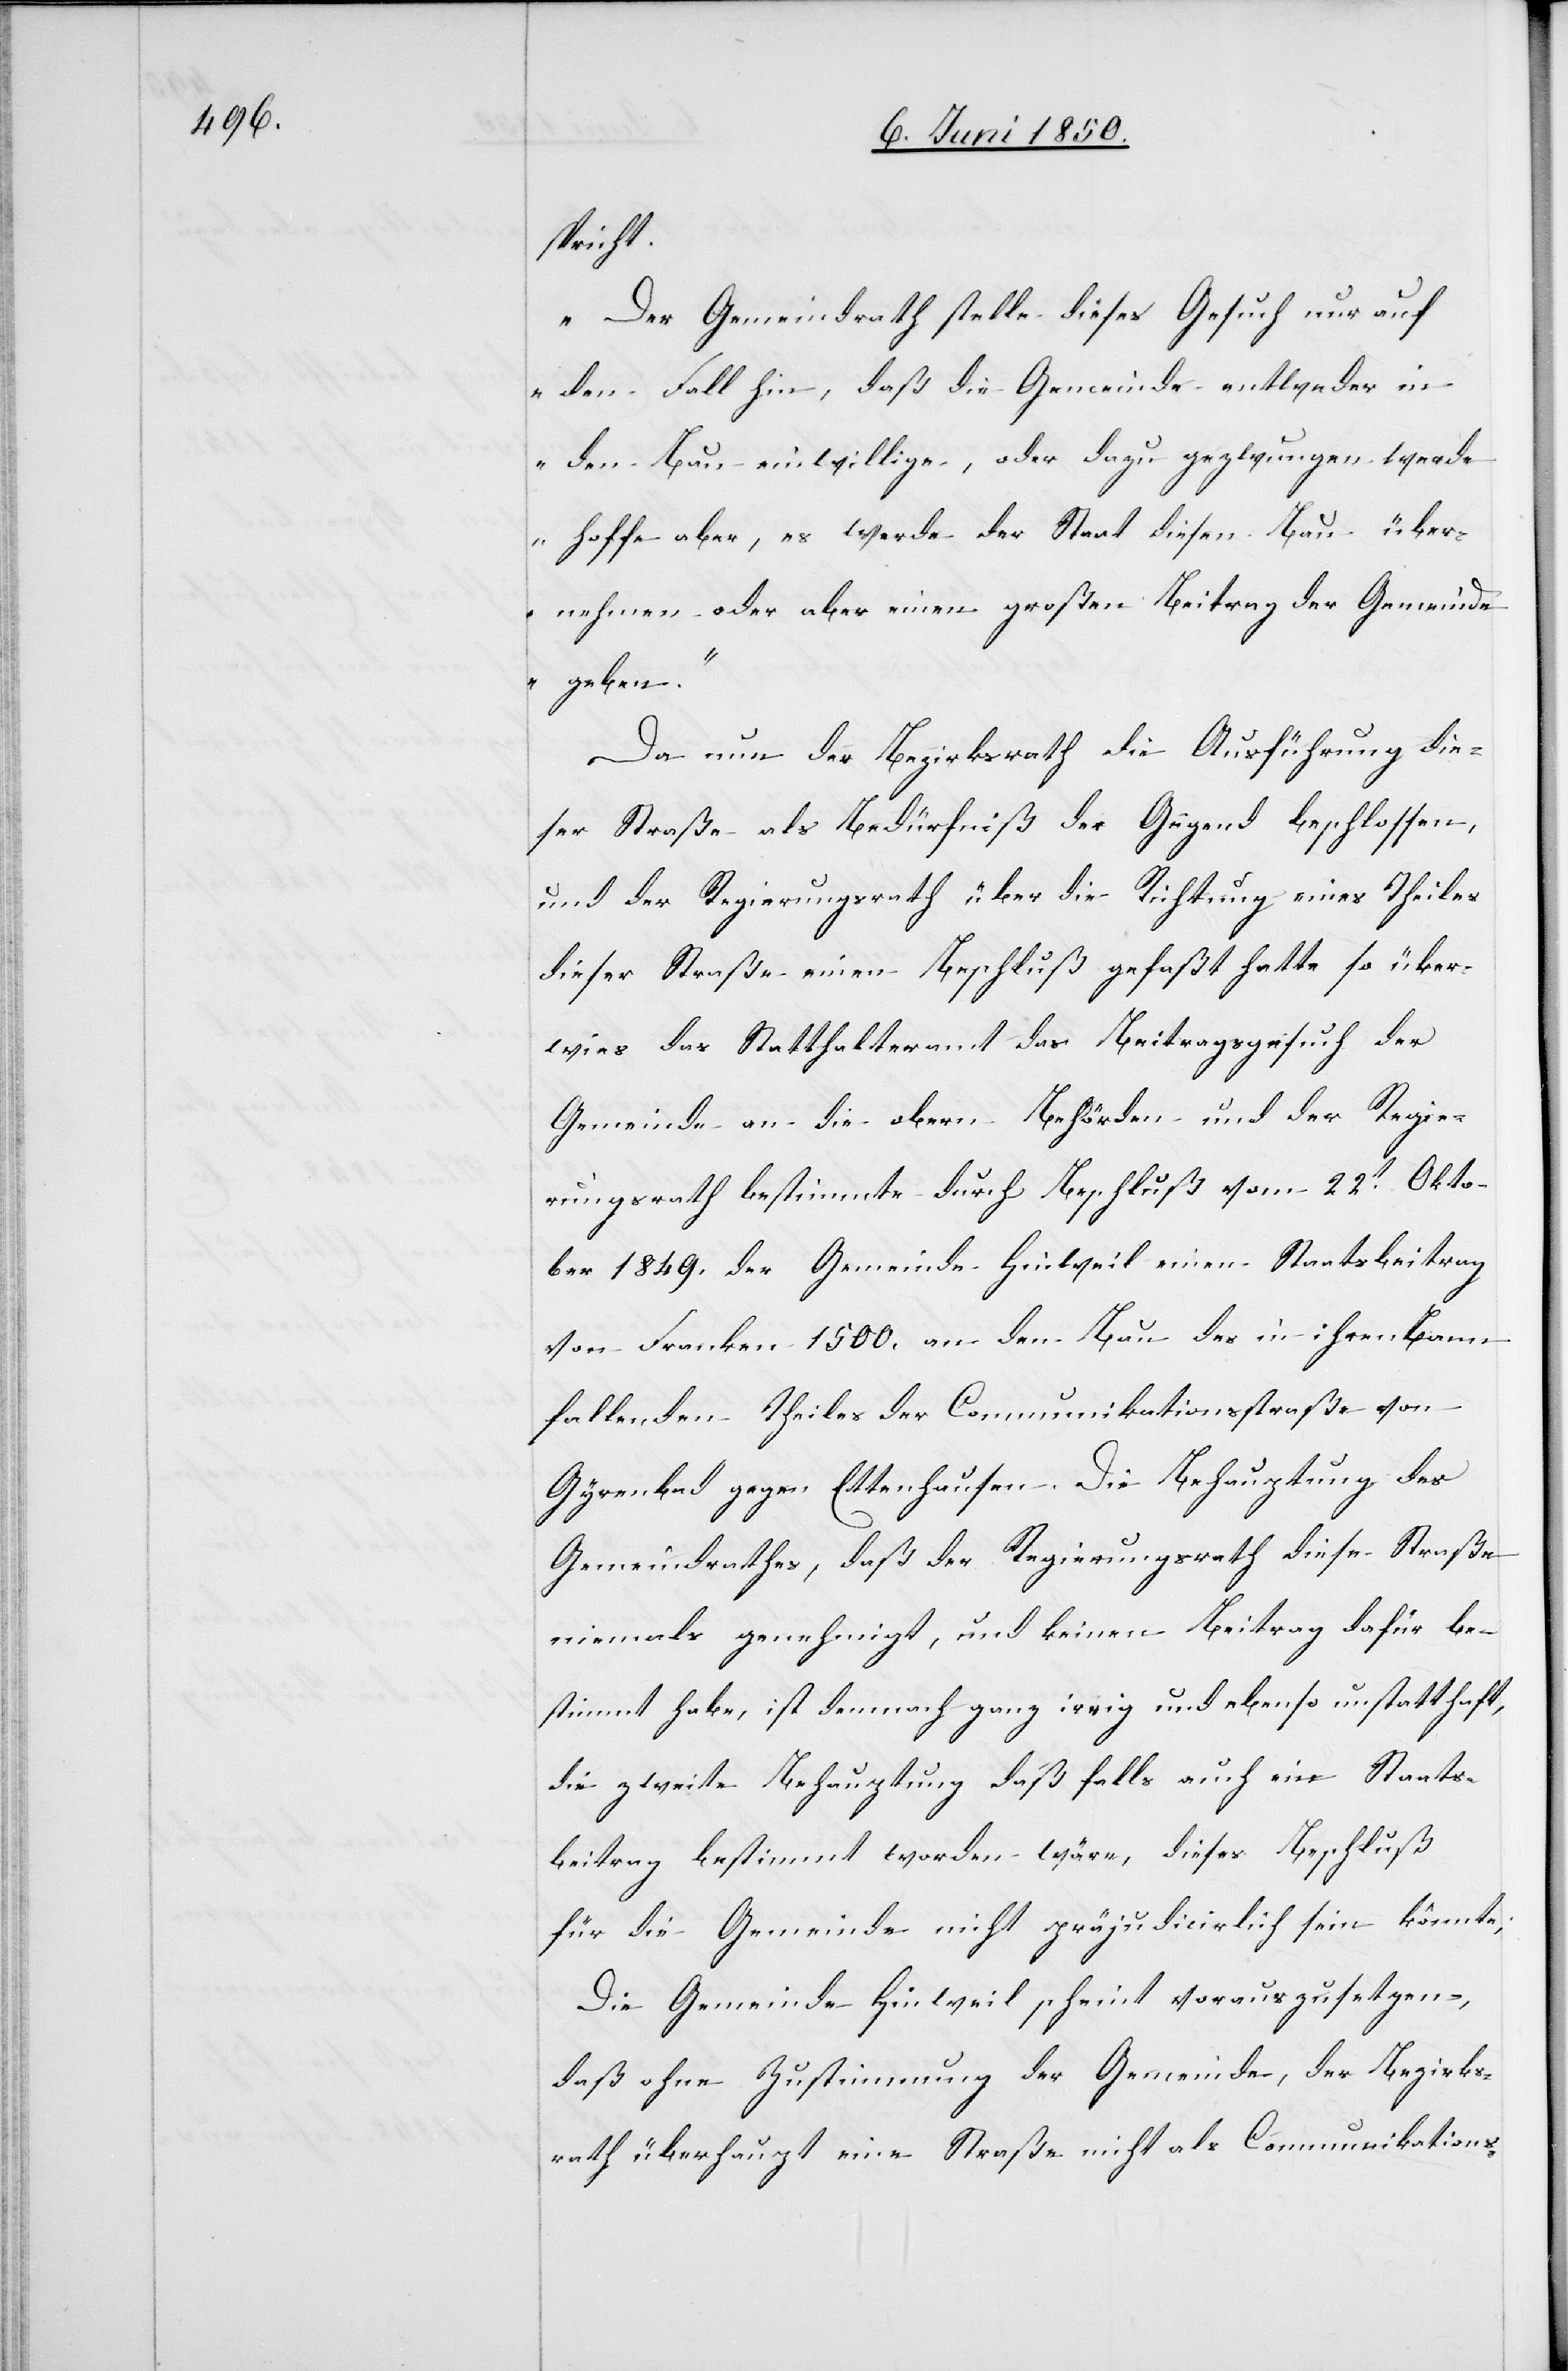
spricht.
„Der Gemeindrath stelle dieses Gesuch nur auf
den Fall hin, daß die Gemeinde entweder in
den Bau einwillige, oder dazu gezwungen werde
hoffe aber, es werde der Staat diesen Bau über¬
nehmen oder aber einen großen Beitrag der Gemeinde
geben.“
Da nun der Bezirksrath die Ausführung die¬
ser Straße als Bedürfniß der Gegend beschlossen,
und der Regierungsrath über die Richtung eines Theiles
dieser Straße einen Beschluß gefaßt hatte so über¬
wies das Statthalteramt das Beitragsgesuch der
Gemeinde an die obern Behörden und der Regie¬
rungsrath bestimmte durch Beschluß vom 22t Okto¬
ber 1849. der Gemeinde Hinweil einen Staatsbeitrag
von Franken 1500. an den Bau des in ihren Bann
fallenden Theiles der Communikationsstraße von
Gyrenbad gegen Ettenhausen. Die Behauptung des
Gemeindrathes, daß der Regierungsrath diese Straße
niemals genehmigt, und keinen Beitrag dafür be¬
stimmt habe, ist demnach ganz irrig und ebenso unstatthaft,
die zweite Behauptung daß falls auch ein Staats¬
beitrag bestimmt worden wäre, dieses [recte:
für die Gemeinde nicht präjudicirlich sein könnte;
Die Gemeinde Hinweil scheint vorauszusetzen,
daß ohne Zustimmung der Gemeinde, der Bezirks¬
rath überhaupt eine Straße nicht als Communikations-